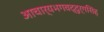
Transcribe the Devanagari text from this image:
आचार्यभगवद्दुर्गसिंह